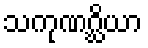
သကုဏဂ္ဃိယာ